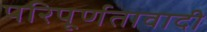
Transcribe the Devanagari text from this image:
परिपूर्णतावादी